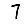
Digit: 7